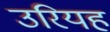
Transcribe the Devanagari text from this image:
उरियह